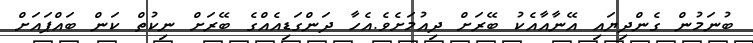
ބުނަމުން ގެންދިޔައި އޭނާއާއެކު ބޭރަށް ދިއުމަށެވެ.އެހާ ދަންގަޑިއެއްގެ ބޭރަށް ނިކުތް ކަން ބައްޕައަށް